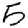
Digit: 5